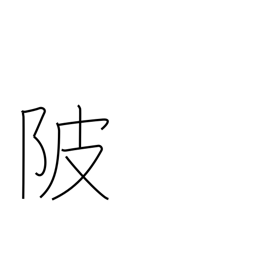
Meaning: levee